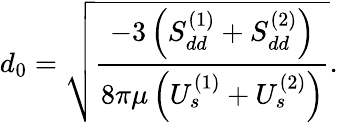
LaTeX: d_{0}=\sqrt{\frac{-3\left(S_{dd}^{(1)}+S_{dd}^{(2)}\right)}{8\pi\mu\left(U_{s}^{(1)}+U_{s}^{(2)}\right)}}.